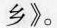
乡》。